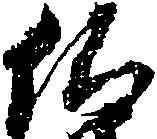
依